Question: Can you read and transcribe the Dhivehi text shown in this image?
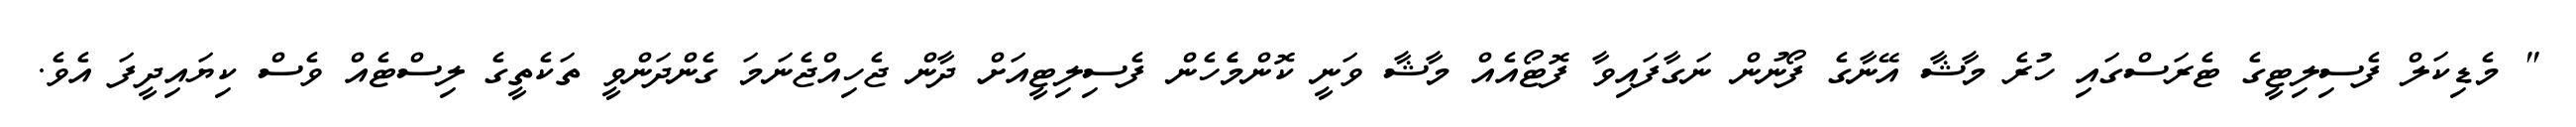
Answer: " މެޑިކަލް ފެސިލިޓީގެ ޓެރަސްގައި ހުރެ މާޝާ އޭނާގެ ފޯނުން ނަގާފައިވާ ފޮޓޯއެއް މާޝާ ވަނީ ކޮންމެެހެން ފެސިލިޓީއަށް ދާން ޖެހިއްޖެނަމަ ގެންދަންވީ ތަކެތީގެ ލިސްޓެއް ވެސް ކިޔައިދީފަ އެވެ.